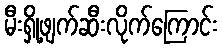
မီးရှို့ဖျက်ဆီးလိုက်ကြောင်း